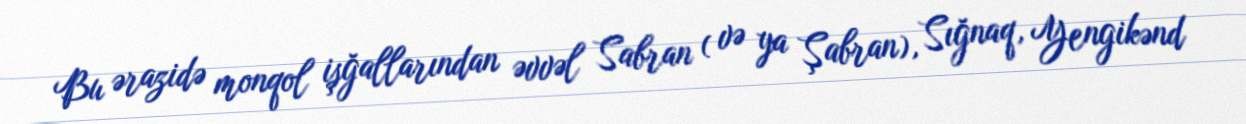
Bu ərazidə monqol işğallarından əvvəl Sabran ( və ya Şabran), Sığnaq, Yengikənd